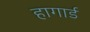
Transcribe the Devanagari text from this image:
हागार्ड